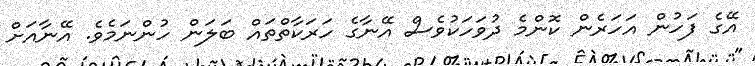
އޭގެ ފަހުން އަހަރެން ކޮންމެ ދުވަހަކުވެސް އޭނާގެ ހަރަކާތްތައް ބަލަން ހުންނަމެވެ. އޭނާއަށް